system: You are a helpful assistant.
user:
Analyze the provided spectrum to determine if it is a **White Dwarf (WD)**.

A White Dwarf spectrum is defined by its **extreme purity** (due to gravitational settling) and/or **extreme pressure broadening** (due to high surface gravity). You must check for one of the following mutually exclusive signatures:

- **Key Visual Indicators (Check for ONE of these types):**

    - **1. DA-Type Signature (Most Common):**
        - **(Primary Feature):** Extreme pressure broadening (Stark broadening) of the **Hydrogen (H) Balmer lines**.
        - **(Key Lines):** $H\beta$ (approx. $4861$ Å) and $H\gamma$ (approx. $4340$ Å). $H\alpha$ (approx. $6563$ Å) will also be present if the wavelength range covers it.
        - **(Line Profile):** This is the **defining feature**. The lines are **NOT** sharp. They appear as massive, **extremely broad and deep "troughs" or "dips"** in the spectrum, often hundreds of Ångströms wide. The continuum will appear to "scoop" down at these wavelengths.
        - **(Distinction):** Normal A-type or B-type stars have *narrow* and *sharp* Hydrogen lines. A DA White Dwarf's lines are unmistakably "smeared" or "blurry" from pressure.

    - **2. DB-Type Signature:**
        - **(Primary Feature):** Broad absorption lines from **Neutral Helium (He I)**. The spectrum must lack any visible Hydrogen lines.
        - **(Key Lines):** Look for broad absorption near $4471$ Å, $4921$ Å, and $5876$ Å.
        - **(Line Profile):** These lines are also significantly pressure-broadened, appearing much wider than they would in a normal B-type main-sequence star.

    - **3. DC-Type Signature:**
        - **(Primary Feature):** A **featureless continuous spectrum**.
        - **(Line Profile):** The spectrum is a smooth curve with **no significant absorption or emission lines**.
        - **(Key Confirmation):** The continuum is almost always **blue or white**, indicating a hot object. This signature implies the atmosphere is so pure (or so cool) that no spectral lines are visible in the optical range. Its WD identity is confirmed by its extremely low intrinsic brightness (high absolute magnitude).

    - **4. DZ-Type Signature (Metal-Polluted):**
        - **(Primary Feature):** **Isolated, narrow metal absorption lines** on an otherwise featureless (DC-like) continuum.
        - **(Key Lines):** The **Calcium (Ca II) H & K doublet** (approx. **$3934$ Å** and **$3968$ Å**) is the most common and defining feature.
        - **(Line Profile):** These lines are "out of place." They are *not* part of a "forest" of thousands of lines. This signature is evidence of recent *accretion* (pollution) from rocky debris.
        - **(Distinction):** Normal G/K/M stars have a *dense forest* of thousands of metal lines. A DZ has a *clean* continuum with *only a few* strong metal lines.

    - **5. DQ-Type Signature (Carbon-Polluted):**
        - **(Primary Feature):** Absorption bands from **Carbon (C₂ "Swan Bands" or atomic C I)**.
        - **(Key Lines - C₂):** Look for bandheads with a "saw-tooth" shape near $5635$ Å, **$5165$ Å** (strongest), and $4737$ Å.
        - **(Key Confirmation):** The underlying **continuum must be blue or white** (hot).
        - **(Distinction):** This is the critical difference from a **Carbon Star**, which has the *exact same* C₂ bands but on an extremely **red, cool** continuum.

- **(Overall Spectrum):**
    - The continuum (overall shape) is typically **blue-sloping** (brighter in the blue than the red), as most white dwarfs are very hot.
    - The spectrum will look "pure" or "simple," dominated by only *one* of the five signatures listed above.

Think first, call **spectral_visualization_tool** if needed to examine features in detail, then provide your final answer. Your response must adhere to the following strict rules:
1.  **Overall Structure:** Your response must follow the format `<think>...</think> <tool_call>...</tool_call> (if a tool is used) <answer>...</answer>`.
2.  **Tool Usage Constraint:** You may only make **one** tool call per turn.
3.  **Final Answer Format:** In the `<answer>` tag, your conclusion must be inside a `\boxed{}` command (e.g., `\boxed{YES}` or `\boxed{NO}`), followed by your justification.

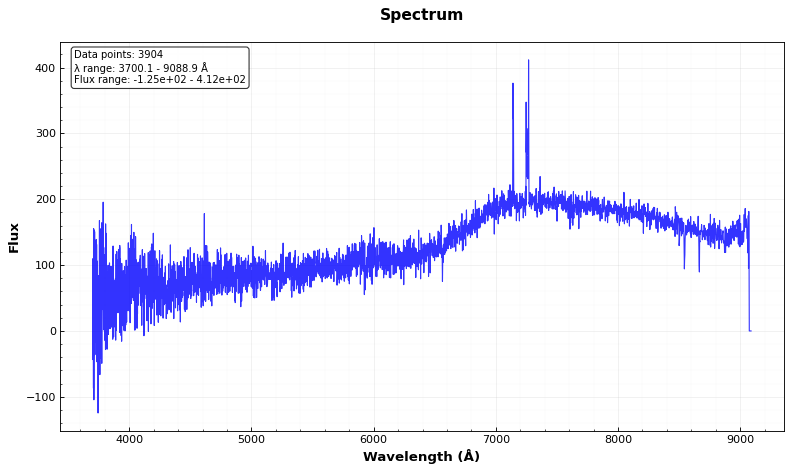
Answer: NO